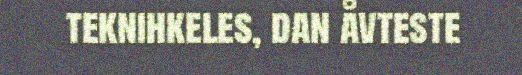
teknihkeles, dan åvteste